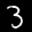
Label: 3